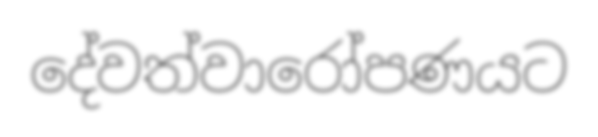
දේවත්වාරෝපණයට